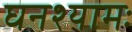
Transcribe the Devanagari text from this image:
घनश्यामः